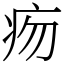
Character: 𤵐